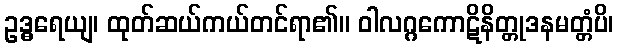
ဥဒ္ဓရေယျ၊ ထုတ်ဆယ်ကယ်တင်ရာ၏။ ဝါလဂ္ဂကောဋိနိတ္တုဒနမတ္တံပိ၊